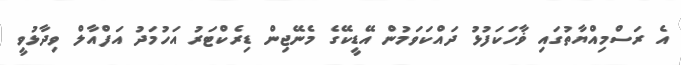
އެ ރަސްމިއްޔާތުގައި ޥާހަކަފުޅު ދައްކަވަމުން އޭޑީކޭގެ މެނޭޖިން ޑިރެކްޓަރު އަހުމަދު އަފްއާލް ވިދާޅުވީ